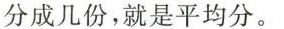
分成几份，就是平均分。